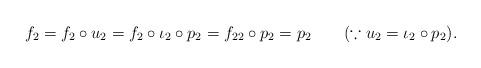
LaTeX: \begin{align*}f_{2} =f_{2}\circ u_{2} =f_{2}\circ \iota_{2}\circ p_{2} =f_{22}\circ p_{2} =p_{2}~~~~~~(\because u_{2}=\iota_{2}\circ p_{2}).\end{align*}